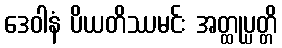
ဒေဝါနံ ပိယတိဿမင်း အတ္ထုပ္ပတ္တိ